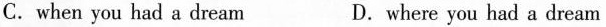
C.when you had a dream D.where you had a dream